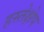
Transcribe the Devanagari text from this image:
हस्तेक्षेप